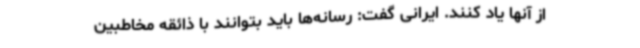
از آنها یاد کنند. ایرانی گفت: رسانه‌ها باید بتوانند با ذائقه مخاطبین